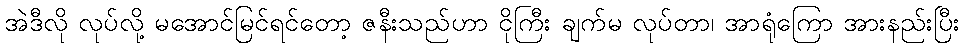
အဲဒီလို လုပ်လို့ မအောင်မြင်ရင်တော့ ဇနီးသည်ဟာ ငိုကြီး ချက်မ လုပ်တာ၊ အာရုံကြော အားနည်းပြီး